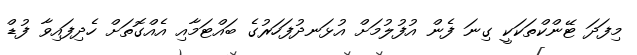
މިފަދަ ޓޭންކްތަކަކީ ގިނަ ފެން އުފުލުމަށް އުޅަނދުފަހަރުގެ ބައްޓަމާއި އެއްގޮތަށް ހެދިފައިވާ ފުޑް